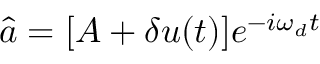
\hat { a } = [ A + \delta u ( t ) ] e ^ { - i \omega _ { d } t }